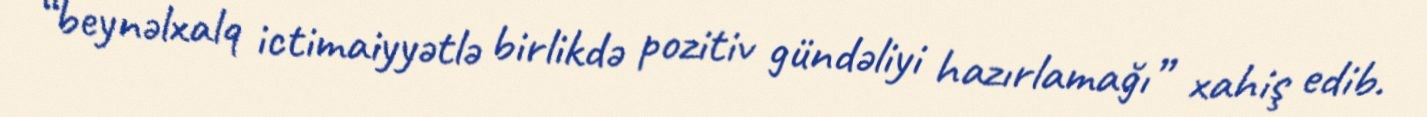
“beynəlxalq ictimaiyyətlə birlikdə pozitiv gündəliyi hazırlamağı” xahiş edib.